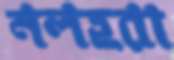
নলহরা